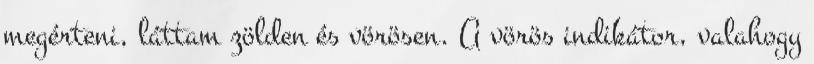
megérteni, láttam zölden és vörösen. A vörös indikátor, valahogy